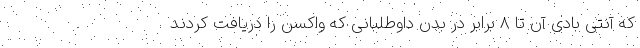
که آنتی بادی آن تا 8 برابر در بدن داوطلبانی که واکسن را دریافت کردند